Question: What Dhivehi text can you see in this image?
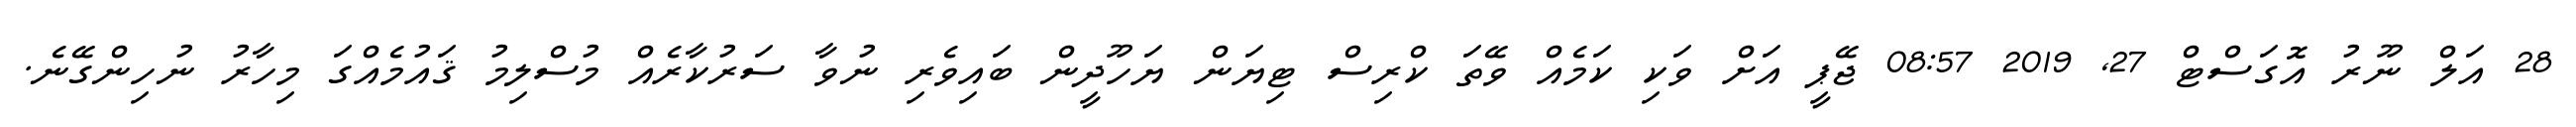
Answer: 28 އަލް ނޫރު އޮގަސްޓް 27, 2019 08:57 ޖޭޕީ އަށް ވަކި ކަމެއް ވޭތަ ކްރިސް ޓިޔަން ޔަހޫދީން ބައިވެރި ނުވާ ސަރުކާރެއް މުސްލިމު ޤައުމެއްގަ މިހާރު ނުހިންގޭނެ.